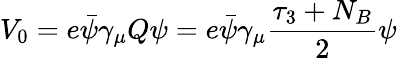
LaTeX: V_{0}=e\bar{\psi}\gamma_{\mu}Q\psi=e\bar{\psi}\gamma_{\mu}\frac{\tau_{3}+N_{B}}{2}\psi